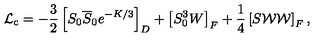
{ \cal L } _ { \mathrm { c } } = - { \frac { 3 } { 2 } } \left[ S _ { 0 } \overline { S } _ { 0 } e ^ { - { K / 3 } } \right] _ { D } + \left[ S _ { 0 } ^ { 3 } W \right] _ { F } + { \frac { 1 } { 4 } } \left[ S { \cal W W } \right] _ { F } ,